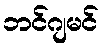
ဘင်ဂျမင်